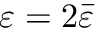
\varepsilon = 2 \bar { \varepsilon }